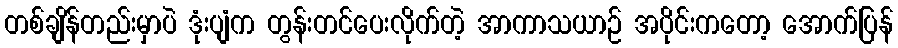
တစ်ချိန်တည်းမှာပဲ ဒုံးပျံက တွန်းတင်ပေးလိုက်တဲ့ အာကာသယာဉ် အပိုင်းကတော့ အောက်ပြန်